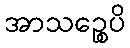
အာသဉ္စေပိ